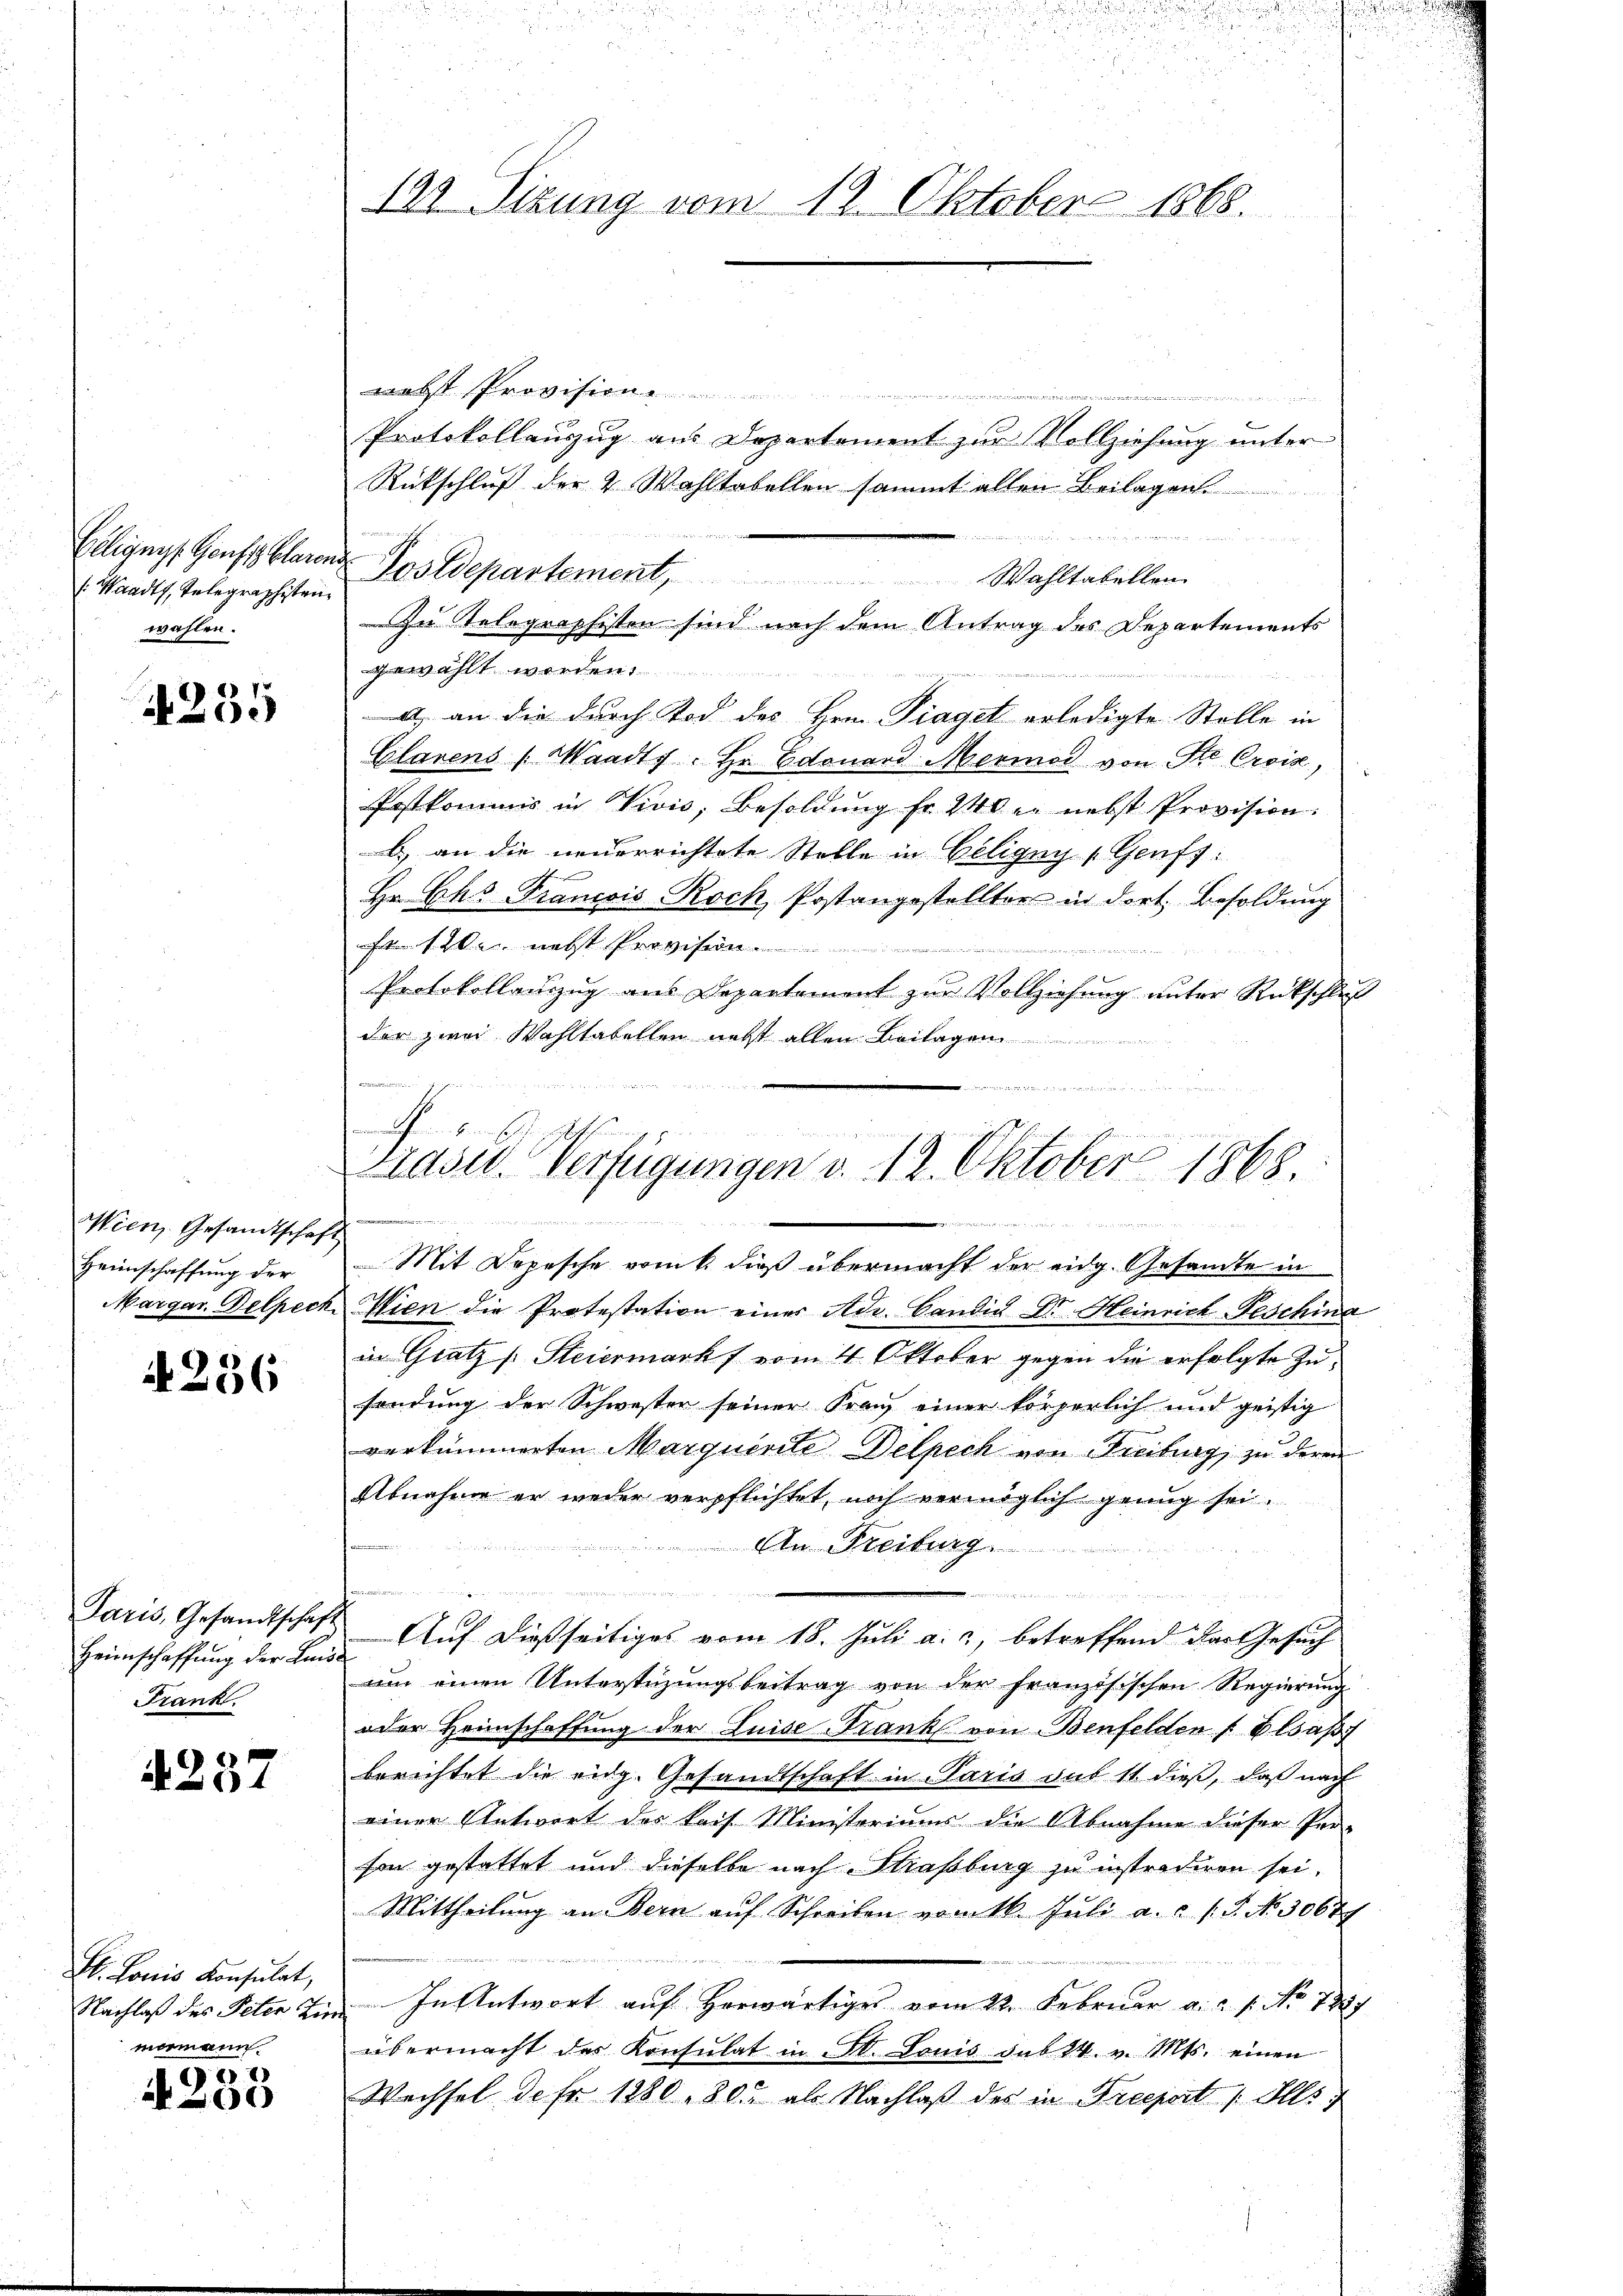
Eelignys Gonft klaren
[Waadt, Telegraphisten
wahlen.

8
x

Wien, Gesandtschaft
Heimschaffung der
Margar. Delpech

N 236

Paris, Gesandtschaft
Heimschaffung der Luis¬
Frank.

4237

St. Louis Konsulat,
Nachlaß des Peter Lie
momann.

A 238

192. Sizung vom 19. Oktober 1868.

nebst Provision
Protokollauszug aus Departement zur Vollziehung unter
Rückschluß der 2 Wahltabellen sammt allen Beilagen

u Postdepartement, Wahltabellen.
Zu Telegraphisten sind nach dem Antrag des Departements
gewählt worden.
a) an die durch Tod des Hrn. Diaget erledigte Stelle in
Clarens (Waadts. Hr. Edouard Mermod von Ste Croix,
Postkommis in Divis, Besoldung fr. 240 er nebst Provision.
b) an die neuerrichtete Stelle in Geligny (Genfs.
Hr. Chs Francois Roch, Postangestellter in dort. Besoldung
Wan nebst Provision.
Protokollauszug aus Departement zur Vollziehung unter Rückschluß
der zwei Wahltabellen nebst allen Beilagen
Mit Depesche vom k. dieß übermacht der eidg. Gesamte in
Wien die Protestation eines Adr. Candin Dr. Heinrich Feschina
in Gratz (Steiermarks vom 4 Oktober gegen die erfolgte Zusendung der Schwester seiner Franz einer körperlich und geistig
verkümmerten Marquerite Delpech von Freiburg, zu deren
Abnahme er weder verpflichtet, noch vermöglich genug sei.
An Freiburg

u
Auf dießseitiges vom 18. Juli a. c. betreffend das Gesuch
um einen Unterstüzungsbeitrag von der französischen Regierung
oder Heimschaffung der Luise-Frank von Benfelden Elsaß
berichtet die eidg. Gesandtschaft in Paris auf 11 dieß, daß nach
einer Antwort des Raif Ministoriums die Abnahme dieser Per-
son gestattet und dieselbe nach Strassburg zu instradiren sei.
Mittheilung an Bern auf Schreiben vom 16. Juli a. c. s. S. No. 3067
In Antwort auf Horwärtiges vom 12. Februar a. 1. No 7827
übermacht der Konsulat in St. Louis sub 24. v. Mts. einen
Wechsel de fr. 1280. 30. als Nachlaß des in Preeport „Ills

emeinen
machen den sein
t Mutter
Prasie-Verfügungen d. 12. Oktober 1868
m